Plague in India, 1896, 1897 - Volume 3
Year: 1896
Disease focus: Plague
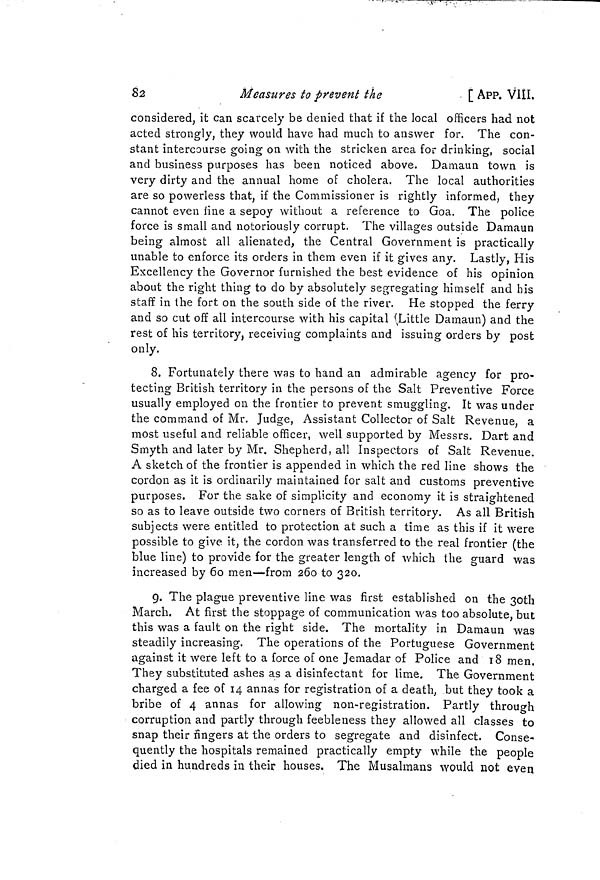
82
Measures to prevent the
[ APP. V1II.
considered, it can scarcely be denied that if the local officers had not
acted strongly, they would have had much to answer for. The con-
stant intercourse going on with the stricken area for drinking, social
and business purposes has been noticed above. Damaun town is
very dirty and the annual home of cholera. The local authorities
are so powerless that, if the Commissioner is rightly informed, they
cannot even fine a sepoy without a reference to Goa. The police
force is small and notoriously corrupt. The villages outside Damaun
being almost all alienated, the Central Government is practically
unable to enforce its orders in them even if it gives any. Lastly, His
Excellency the Governor furnished the best evidence of his opinion
about the right thing to do by absolutely segregating himself and his
staff in the fort on the south side of the river. He stopped the ferry
and so cut off all intercourse with his capital (Little Damaun) and the
rest of his territory, receiving complaints and issuing orders by post
only.
8. Fortunately there was to hand an admirable agency for pro-
tecting British territory in the persons of the Salt Preventive Force
usually employed on the frontier to prevent smuggling. It was under
the command of Mr. Judge, Assistant Collector of Salt Revenue, a
most useful and reliable officer, well supported by Messrs. Dart and
Smyth and later by Mr. Shepherd, all Inspectors of Salt Revenue.
A sketch of the frontier is appended in which the red line shows the
cordon as it is ordinarily maintained for salt and customs preventive
purposes. For the sake of simplicity and economy it is straightened
so as to leave outside two corners of British territory. As all British
subjects were entitled to protection at such a time as this if it were
possible to give it, the cordon was transferred to the real frontier (the
blue line) to provide for the greater length of which the guard was
increased by 60 men—from 260 to 320.
9. The plague preventive line was first established on the 30th
March. At first the stoppage of communication was too absolute, but
this was a fault on the right side. The mortality in Damaun was
steadily increasing. The operations of the Portuguese Government
against it were left to a force of one Jemadar of Police and 18 men.
They substituted ashes as a disinfectant for lime. The Government
charged a fee of 14 annas for registration of a death, but they took a
bribe of 4 annas for allowing non-registration. Partly through
corruption and partly through feebleness they allowed all classes to
snap their fingers at the orders to segregate and disinfect. Conse-
quently the hospitals remained practically empty while the people
died in hundreds in their houses. The Musalmans would not even